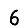
Digit: 6